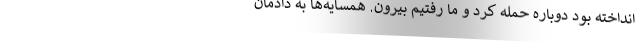
انداخته بود دوباره حمله کرد و ما رفتیم بیرون. همسایه‌ها به دادمان